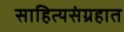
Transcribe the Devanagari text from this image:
साहित्यसंग्रहात